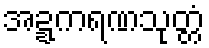
အဍ္ဍကရဏသုတ္တံ